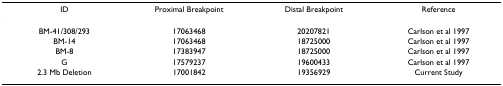
<table><thead><tr><td><b>ID</b></td><td><b>Proximal Breakpoint</b></td><td><b>Distal Breakpoint</b></td><td><b>Reference</b></td></tr></thead><tbody><tr><td>BM-41/308/293</td><td>17063468</td><td>20207821</td><td>Carlson et al 1997</td></tr><tr><td>BM-14</td><td>17063468</td><td>18725000</td><td>Carlson et al 1997</td></tr><tr><td>BM-8</td><td>17383947</td><td>18725000</td><td>Carlson et al 1997</td></tr><tr><td>G</td><td>17579237</td><td>19600433</td><td>Carlson et al 1997</td></tr><tr><td>2.3 Mb Deletion</td><td>17001842</td><td>19356929</td><td>Current Study</td></tr></tbody></table>